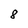
Character: 8